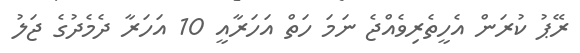
ރޭޕު ކުރަން އެހީތެރިވެއްޖެ ނަމަ ހަތް އަހަރާއީ 10 އަހަރާ ދެމެދުގެ ޖަލު